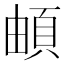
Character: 頔